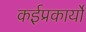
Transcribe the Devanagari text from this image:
कईप्रकार्यों